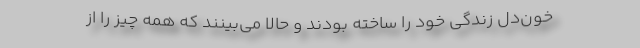
خونِ‌دل زندگی خود را ساخته بودند و حالا می‌بینند که همه چیز را از